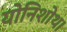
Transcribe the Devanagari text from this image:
योनिशोथ।